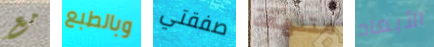
مع وبالطبع صفقتي متلهفة الأبعاد